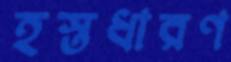
হস্তধারণ